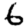
Digit: 6